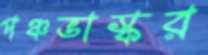
পঞ্চভাস্কর